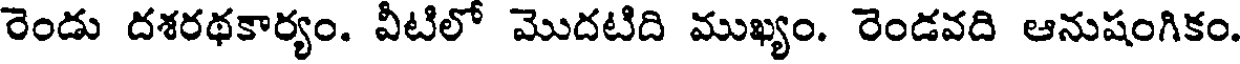
రెండు దశరథకార్యం. వీటిలో మొదటిది ముఖ్యం. రెండవది ఆనుషంగికం.